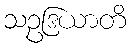
သဥဒြယာတိ